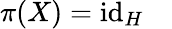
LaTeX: \pi(X)=\operatorname{id}_{H}\quad